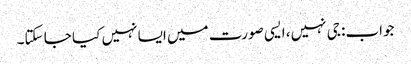
جواب: جی نہیں، ایسی صورت میں ایسا نہیں کیا جا سکتا۔